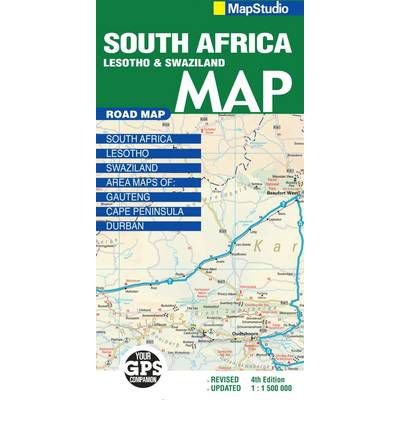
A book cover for Road Map South Africa: Lesotho & Swaziland ("Sheet map, folded") - Common; By (author) MapStudio; Travel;